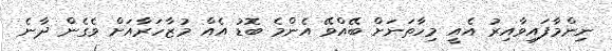
ނިންމާފައިވާއިރު އެއީ މިހާތަނަށް ބޭއްވޭ އެންމެ ބޮޑު އެއް މުޒާހަރާއަށް ވެގެން ދާނެ